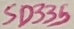
Text: SD335